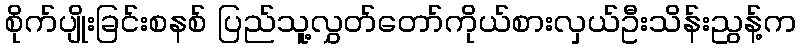
စိုက်ပျိုးခြင်းစနစ် ပြည်သူ့လွှတ်တော်ကိုယ်စားလှယ်ဦးသိန်းညွန့်က